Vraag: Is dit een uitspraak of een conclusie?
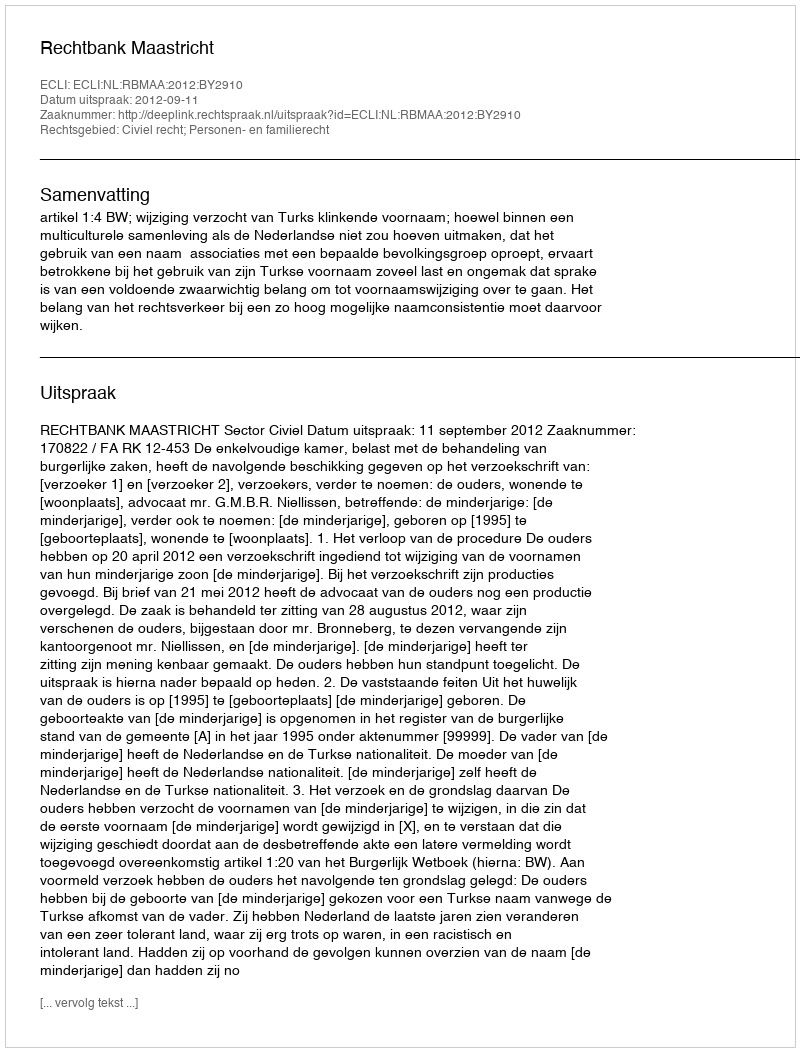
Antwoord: Uitspraak